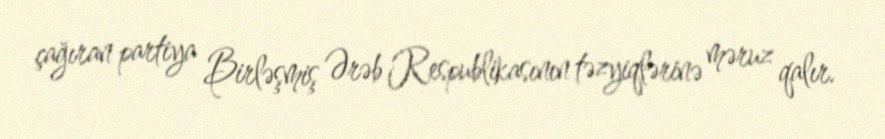
çağıran partiya Birləşmiş Ərəb Respublikasının təzyiqlərinə məruz qalır.